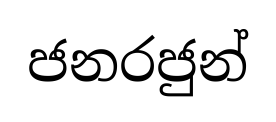
ජනරජුන්